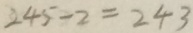
2 4 5 - 2 = 2 4 3